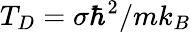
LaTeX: T_{D}=\sigma\hbar^{2}/mk_{B}